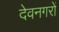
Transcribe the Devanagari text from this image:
देवनगरों